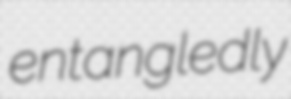
entangledly